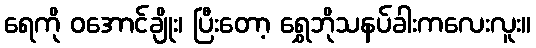
ရေကို ဝအောင်ချိုး၊ ပြီးတော့ ရွှေဘိုသနပ်ခါးကလေးလူး။